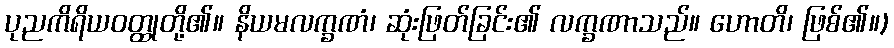
ပုညကိရိယဝတ္ထုတို့၏။ နိယမလက္ခဏံ၊ ဆုံးဖြတ်ခြင်း၏ လက္ခဏာသည်။ ဟောတိ၊ ဖြစ်၏။)